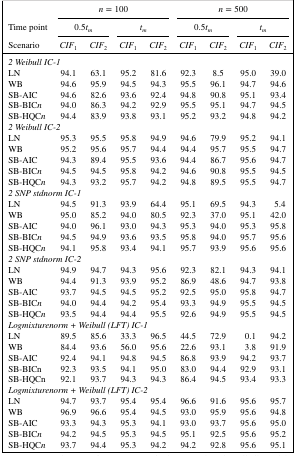
<table><thead><tr><td></td><td colspan="4"><b><i>n</i> = 100</b></td><td colspan="4"><b><i>n</i> = 500</b></td></tr><tr><td><b>Time point</b></td><td colspan="2"><b>0.5<i>t</i><sub><i>m</i></sub></b></td><td colspan="2"><b><i>t</i><sub><i>m</i></sub></b></td><td colspan="2"><b>0.5<i>t</i><sub><i>m</i></sub></b></td><td colspan="2"><b><i>t</i><sub><i>m</i></sub></b></td></tr><tr><td><b>Scenario</b></td><td><b><i>C</i><i>I</i><i>F</i><sub>1</sub></b></td><td><b><i>C</i><i>I</i><i>F</i><sub>2</sub></b></td><td><b><i>C</i><i>I</i><i>F</i><sub>1</sub></b></td><td><b><i>C</i><i>I</i><i>F</i><sub>2</sub></b></td><td><b><i>C</i><i>I</i><i>F</i><sub>1</sub></b></td><td><b><i>C</i><i>I</i><i>F</i><sub>2</sub></b></td><td><b><i>C</i><i>I</i><i>F</i><sub>1</sub></b></td><td><b><i>C</i><i>I</i><i>F</i><sub>2</sub></b></td></tr></thead><tbody><tr><td colspan="9"><i>2 Weibull IC‐1</i></td></tr><tr><td>LN</td><td>94.1</td><td>63.1</td><td>95.2</td><td>81.6</td><td>92.3</td><td>8.5</td><td>95.0</td><td>39.0</td></tr><tr><td>WB</td><td>94.6</td><td>95.9</td><td>94.5</td><td>94.3</td><td>95.5</td><td>96.1</td><td>94.7</td><td>94.6</td></tr><tr><td>SB‐AIC</td><td>94.6</td><td>82.6</td><td>93.6</td><td>92.4</td><td>94.8</td><td>90.8</td><td>95.1</td><td>93.4</td></tr><tr><td>SB‐BIC<i>n</i></td><td>94.0</td><td>86.3</td><td>94.2</td><td>92.9</td><td>95.5</td><td>95.1</td><td>94.7</td><td>94.5</td></tr><tr><td>SB‐HQC<i>n</i></td><td>94.4</td><td>83.9</td><td>93.8</td><td>93.1</td><td>95.2</td><td>93.2</td><td>94.8</td><td>94.2</td></tr><tr><td colspan="9"><i>2 Weibull IC‐2</i></td></tr><tr><td>LN</td><td>95.3</td><td>95.5</td><td>95.8</td><td>94.9</td><td>94.6</td><td>79.9</td><td>95.2</td><td>94.1</td></tr><tr><td>WB</td><td>95.2</td><td>95.6</td><td>95.7</td><td>94.4</td><td>94.4</td><td>95.7</td><td>95.5</td><td>94.7</td></tr><tr><td>SB‐AIC</td><td>94.3</td><td>89.4</td><td>95.5</td><td>93.6</td><td>94.4</td><td>86.7</td><td>95.6</td><td>94.7</td></tr><tr><td>SB‐BIC<i>n</i></td><td>94.5</td><td>94.5</td><td>95.8</td><td>94.2</td><td>94.6</td><td>90.8</td><td>95.5</td><td>94.5</td></tr><tr><td>SB‐HQC<i>n</i></td><td>94.3</td><td>93.2</td><td>95.7</td><td>94.2</td><td>94.8</td><td>89.5</td><td>95.5</td><td>94.7</td></tr><tr><td colspan="9"><i>2 SNP stdnorm IC‐1</i></td></tr><tr><td>LN</td><td>94.5</td><td>91.3</td><td>93.9</td><td>64.4</td><td>95.1</td><td>69.5</td><td>94.3</td><td>5.4</td></tr><tr><td>WB</td><td>95.0</td><td>85.2</td><td>94.0</td><td>80.5</td><td>92.3</td><td>37.0</td><td>95.1</td><td>42.0</td></tr><tr><td>SB‐AIC</td><td>94.0</td><td>96.1</td><td>93.0</td><td>94.3</td><td>95.3</td><td>94.0</td><td>95.3</td><td>95.8</td></tr><tr><td>SB‐BIC<i>n</i></td><td>94.5</td><td>94.9</td><td>93.6</td><td>93.5</td><td>95.8</td><td>94.0</td><td>95.7</td><td>95.6</td></tr><tr><td>SB‐HQC<i>n</i></td><td>94.1</td><td>95.8</td><td>93.4</td><td>94.1</td><td>95.7</td><td>93.9</td><td>95.6</td><td>95.6</td></tr><tr><td colspan="9"><i>2 SNP stdnorm IC‐2</i></td></tr><tr><td>LN</td><td>94.9</td><td>94.7</td><td>94.3</td><td>95.6</td><td>92.3</td><td>82.1</td><td>94.3</td><td>94.1</td></tr><tr><td>WB</td><td>94.4</td><td>91.3</td><td>93.9</td><td>95.2</td><td>86.9</td><td>48.6</td><td>94.7</td><td>93.8</td></tr><tr><td>SB‐AIC</td><td>93.7</td><td>94.5</td><td>94.5</td><td>95.2</td><td>92.5</td><td>95.0</td><td>95.8</td><td>94.7</td></tr><tr><td>SB‐BIC<i>n</i></td><td>94.0</td><td>94.4</td><td>94.2</td><td>95.4</td><td>93.3</td><td>94.9</td><td>95.5</td><td>94.5</td></tr><tr><td>SB‐HQC<i>n</i></td><td>93.5</td><td>94.4</td><td>94.4</td><td>95.5</td><td>92.6</td><td>94.9</td><td>95.5</td><td>94.5</td></tr><tr><td colspan="9"><i>Logmixturenorm + Weibull (LFT) IC‐1</i></td></tr><tr><td>LN</td><td>89.5</td><td>85.6</td><td>33.3</td><td>96.5</td><td>44.5</td><td>72.9</td><td>0.1</td><td>94.2</td></tr><tr><td>WB</td><td>84.4</td><td>93.6</td><td>56.0</td><td>95.6</td><td>22.6</td><td>93.1</td><td>3.8</td><td>91.9</td></tr><tr><td>SB‐AIC</td><td>92.4</td><td>94.1</td><td>94.8</td><td>94.5</td><td>86.8</td><td>93.9</td><td>94.2</td><td>93.7</td></tr><tr><td>SB‐BICn</td><td>92.3</td><td>93.5</td><td>94.1</td><td>95.0</td><td>83.0</td><td>94.4</td><td>92.9</td><td>93.1</td></tr><tr><td>SB‐HQCn</td><td>92.1</td><td>93.7</td><td>94.3</td><td>94.3</td><td>86.4</td><td>94.5</td><td>93.4</td><td>93.3</td></tr><tr><td colspan="9"><i>Logmixturenorm + Weibull (LFT) IC‐2</i></td></tr><tr><td>LN</td><td>94.7</td><td>93.7</td><td>95.4</td><td>95.4</td><td>96.6</td><td>91.6</td><td>95.6</td><td>95.7</td></tr><tr><td>WB</td><td>96.9</td><td>96.6</td><td>95.4</td><td>94.5</td><td>93.0</td><td>95.9</td><td>95.6</td><td>94.8</td></tr><tr><td>SB‐AIC</td><td>93.3</td><td>94.3</td><td>95.3</td><td>94.1</td><td>93.0</td><td>93.7</td><td>95.6</td><td>95.0</td></tr><tr><td>SB‐BIC<i>n</i></td><td>94.2</td><td>94.5</td><td>95.3</td><td>94.5</td><td>95.1</td><td>92.5</td><td>95.6</td><td>95.2</td></tr><tr><td>SB‐HQC<i>n</i></td><td>93.7</td><td>94.4</td><td>95.3</td><td>94.2</td><td>94.2</td><td>92.8</td><td>95.6</td><td>95.1</td></tr></tbody></table>